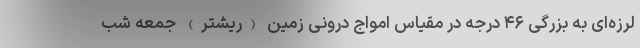
لرزه‌ای به بزرگی ۴۶ درجه در مقیاس امواج درونی زمین (ریشتر) جمعه شب